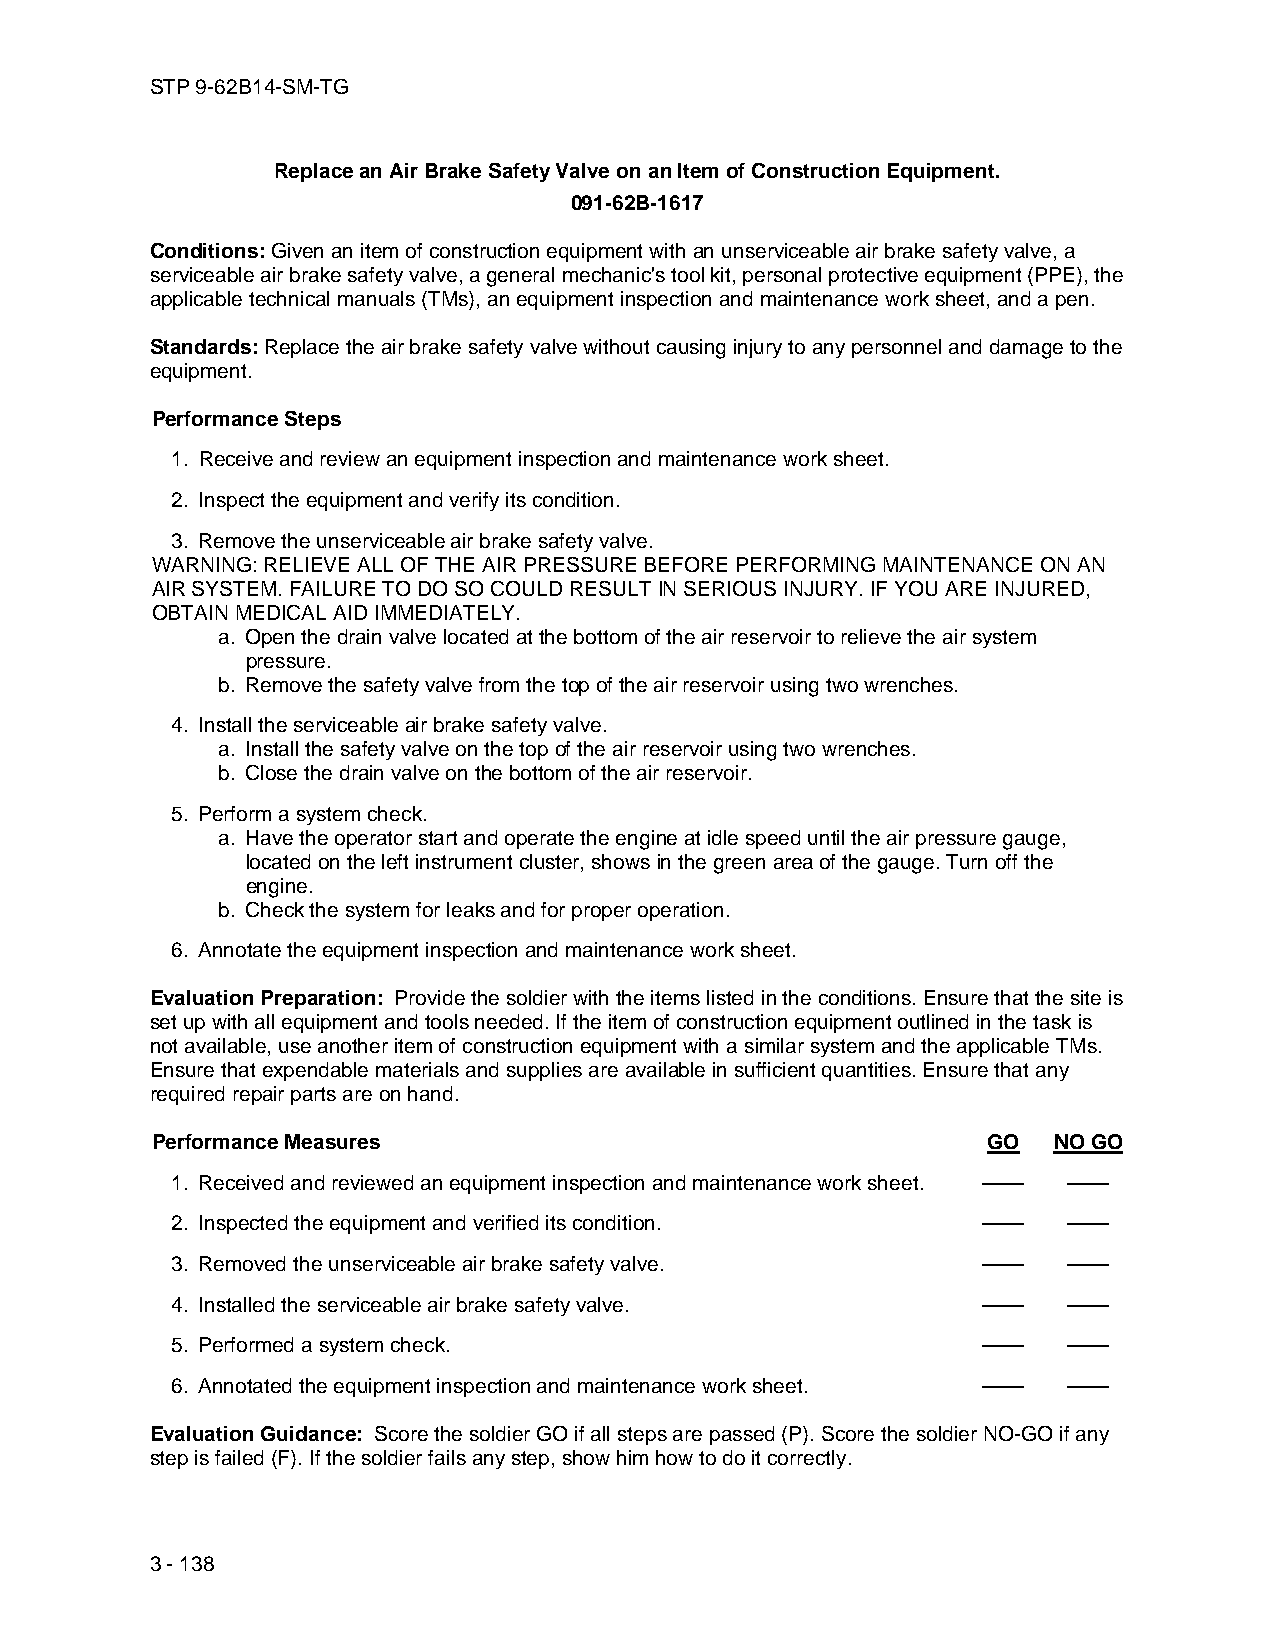
STP 9-62B14-SM-TG
 Replace an Air Brake Safety Valve on an Item of Construction Equipment.
 091-62B-1617
 Conditions: Given an item of construction equipment with an unserviceable air brake safety valve, a
 serviceable air brake safety valve, a general mechanic's tool kit, personal protective equipment (PPE), the
 applicable technical manuals (TMs), an equipment inspection and maintenance work sheet, and a pen.
 Standards: Replace the air brake safety valve without causing injury to any personnel and damage to the
 equipment.
 Performance Steps
 1. Receive and review an equipment inspection and maintenance work sheet.
 2. Inspect the equipment and verify its condition.
 3. Remove the unserviceable air brake safety valve.
 WARNING: RELIEVE ALL OF THE AIR PRESSURE BEFORE PERFORMING MAINTENANCE ON AN
 AIR SYSTEM. FAILURE TO DO SO COULD RESULT IN SERIOUS INJURY. IF YOU ARE INJURED,
 OBTAIN MEDICAL AID IMMEDIATELY.
 a. Open the drain valve located at the bottom of the air reservoir to relieve the air system
 pressure.
 b. Remove the safety valve from the top of the air reservoir using two wrenches.
 4. Install the serviceable air brake safety valve.
 a. Install the safety valve on the top of the air reservoir using two wrenches.
 b. Close the drain valve on the bottom of the air reservoir.
 5. Perform a system check.
 a. Have the operator start and operate the engine at idle speed until the air pressure gauge,
 located on the left instrument cluster, shows in the green area of the gauge. Turn off the
 engine.
 b. Check the system for leaks and for proper operation.
 6. Annotate the equipment inspection and maintenance work sheet.
 Evaluation Preparation: Provide the soldier with the items listed in the conditions. Ensure that the site is
 set up with all equipment and tools needed. If the item of construction equipment outlined in the task is
 not available, use another item of construction equipment with a similar system and the applicable TMs.
 Ensure that expendable materials and supplies are available in sufficient quantities. Ensure that any
 required repair parts are on hand.
 Performance Measures                                   GO   NO GO
 1. Received and reviewed an equipment inspection and maintenance work sheet. —— ——
 2. Inspected the equipment and verified its condition. ——   ——
 3. Removed the unserviceable air brake safety valve.  ——    ——
 4. Installed the serviceable air brake safety valve.  ——    ——
 5. Performed a system check.                          ——    ——
 6. Annotated the equipment inspection and maintenance work sheet. —— ——
 Evaluation Guidance: Score the soldier GO if all steps are passed (P). Score the soldier NO-GO if any
 step is failed (F). If the soldier fails any step, show him how to do it correctly.
 3 - 138